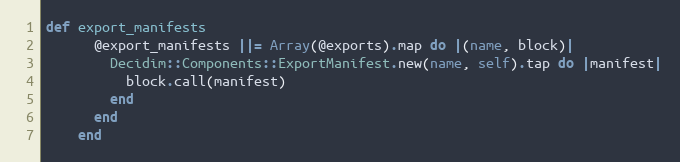
Language: Ruby
def export_manifests
      @export_manifests ||= Array(@exports).map do |(name, block)|
        Decidim::Components::ExportManifest.new(name, self).tap do |manifest|
          block.call(manifest)
        end
      end
    end